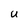
Character: U